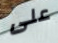
على